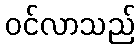
ဝင်လာသည်